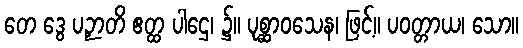
တေ ဒွေ ပဉှာတိ ဧတ္ထ ပါဌေ၊ ၌။ ပုစ္ဆာဝသေန၊ ဖြင့်။ ပဝတ္တာယ၊ သော။